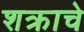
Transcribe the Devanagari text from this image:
शक्राचे